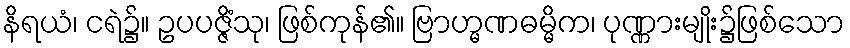
နိရယံ၊ ငရဲ၌။ ဥပပဇ္ဇိံသု၊ ဖြစ်ကုန်၏။ ဗြာဟ္မဏဓမ္မိက၊ ပုဏ္ဏားမျိုး၌ဖြစ်သော